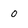
Character: O